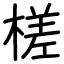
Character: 槎